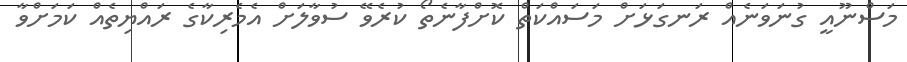
މަސްނޫއީ ގުނަވަނެއް ރަނގަޅަށް މަސައްކަތް ކޮށްފާނެތޯ ކުރެވޭ ސުވާލަށް އެމެރިކާގެ ރައްޔިތެއް ކަމަށްވާ